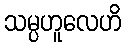
သမ္ပဟူလေဟိ